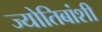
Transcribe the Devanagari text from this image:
ज्योतिबांशी